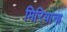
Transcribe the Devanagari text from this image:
मिरियाना